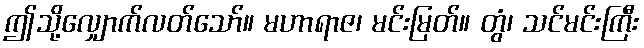
ဤသို့လျှောက်လတ်သော်။ မဟာရာဇ၊ မင်းမြတ်။ တွံ၊ သင်မင်းကြီး